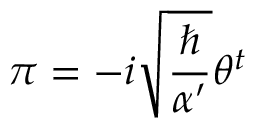
\pi = - i \sqrt { \frac { \hbar } { \alpha ^ { \prime } } } \theta ^ { t }